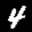
Label: 4